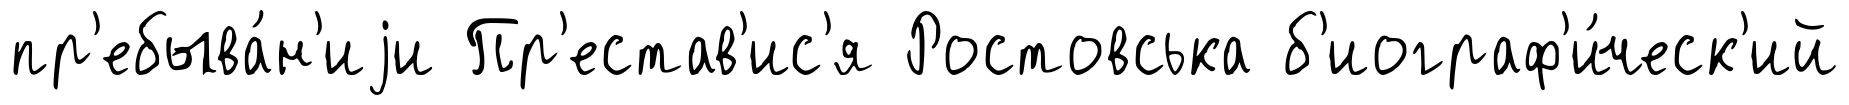
пр'ебыва́н'иjи Пр'естав'ис'я Ростовська б'иограф'и́ческ'ий